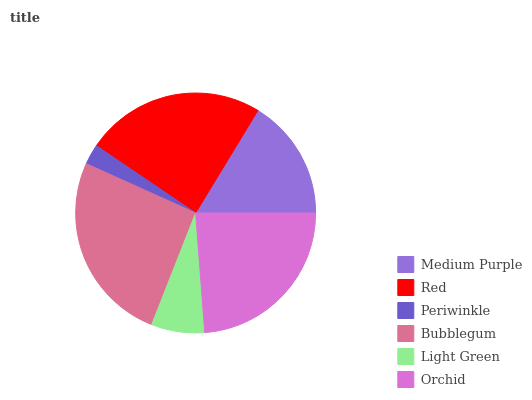
| Medium Purple | Red | Periwinkle | Bubblegum | Light Green | Orchid |
 | --- | --- | --- | --- | --- | --- |
 | 16.3% | 24.2% | 2.74% | 25.8% | 7.19% | 23.8% |